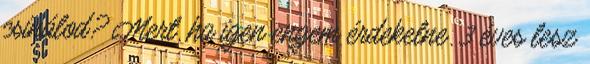
csinálod? Mert, ha igen engem érdekelne. 3 éves lesz